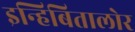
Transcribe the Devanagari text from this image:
इन्हिबितालोर